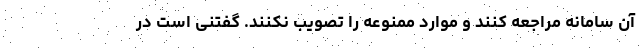
آن سامانه مراجعه کنند و موارد ممنوعه را تصویب نکنند. گفتنی است در